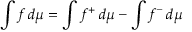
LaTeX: \int f \, d \mu = \int f ^ { + } \, d \mu - \int f ^ { - } \, d \mu